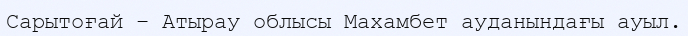
Сарытоғай – Атырау облысы Махамбет ауданындағы ауыл.